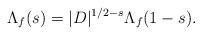
LaTeX: \begin{align*}\Lambda_f(s)=|D|^{1/2-s}\Lambda_f(1-s).\end{align*}